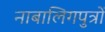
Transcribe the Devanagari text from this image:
नाबालिगपुत्रों